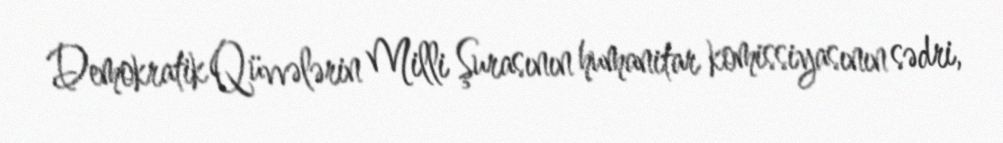
Demokratik Qüvvələrin Milli Şurasının humanitar komissiyasının sədri,